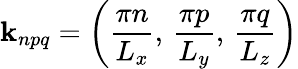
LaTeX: \textbf{k}_{npq}=\left(\frac{\pi n}{L_{x}},\, \frac{\pi p}{L_{y}},\, \frac{\pi q}{L_{z}}\right)